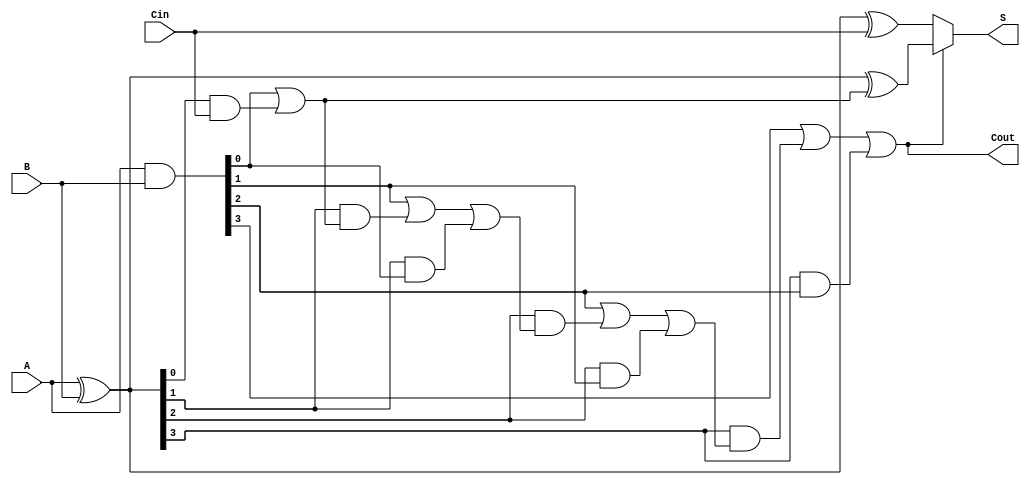
module conditional_sum_adder #(parameter N = 4) (
    input  [N-1:0] A,      // First n-bit input
    input  [N-1:0] B,      // Second n-bit input
    input          Cin,     // Carry-in
    output [N-1:0] S,      // n-bit sum output
    output         Cout     // Carry-out
);

    // Generate and Propagate signals
    wire [N-1:0] G; // Generate signals
    wire [N-1:0] P; // Propagate signals
    wire [N:0] C;   // Carry signals (C[0] = Cin)

    // Generate and Propagate Logic
    assign G = A & B;              // Generate
    assign P = A ^ B;              // Propagate

    // Carry Calculation
    assign C[0] = Cin;
    genvar i;
    generate
        for (i = 0; i < N; i = i + 1) begin: carry_calc
            if (i == 0) begin
                assign C[i + 1] = G[i] | (P[i] & C[i]);
            end else begin
                assign C[i + 1] = G[i] | (P[i] & C[i]) | (P[i] & G[i - 1]);
            end
        end
    endgenerate

    // Sum Calculation
    wire [N-1:0] S0; // S with Cin
    wire [N-1:0] S1; // S with C[1]
    wire [N-1:0] S2; // S with C[2]
    
    assign S0 = P ^ C[0]; // S with Cin
    assign S1 = P ^ C[1]; // S with C[1]
    
    // Conditional sum outputs
    assign S = C[N] ? S1 : S0; // Final sum selection based on C[N]

    // Carry-out
    assign Cout = C[N];

endmodule